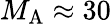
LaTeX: {M_{\mathrm{A}}}\approx 30